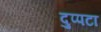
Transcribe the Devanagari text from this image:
दुप्पटा